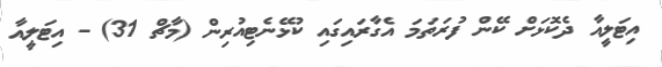
އިޓަލީއާ ދެކޮޅަށް ކޭން ފުރަތަމަ އެގާރައިގައި ކުޅޭނެޓިއުރިން (މާޗް 31) - އިޓަލީއާ